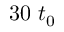
3 0 ~ t _ { 0 }